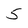
Character: 5